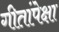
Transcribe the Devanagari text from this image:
गीतांपेक्षा